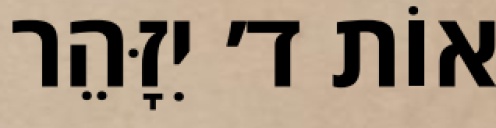
אוֹת ד׳ יִזָּהֵר